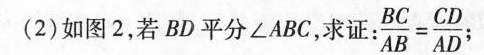
(2)如图2，若BD平分∠ABC，求证： $$\frac { B C } { A B } = \frac { C D } { A D }$$；